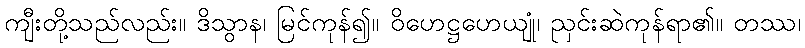
ကျီးတို့သည်လည်း။ ဒိသွာန၊ မြင်ကုန်၍။ ဝိဟေဋ္ဌဟေယျုံ၊ ညှင်းဆဲကုန်ရာ၏။ တဿ၊